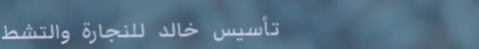
تأسيس خالد للنجارة والتشط